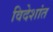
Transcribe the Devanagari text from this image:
विदेशांत